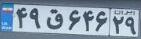
۴۹ق۶۴۶۲۹